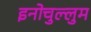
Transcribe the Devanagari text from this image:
इनोचुल्लुम